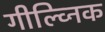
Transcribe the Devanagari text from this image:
गील्व्निक